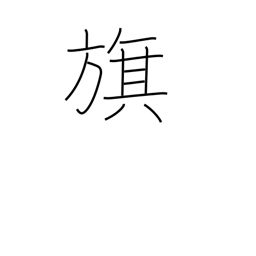
Meaning: banner